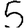
Digit: 5